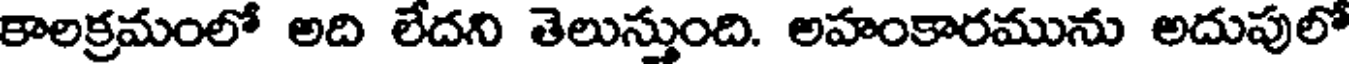
కాలక్రమంలో అది లేదని తెలుస్తుంది. అహంకారమును అదుపులో